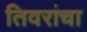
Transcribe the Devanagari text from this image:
तिवरांचा